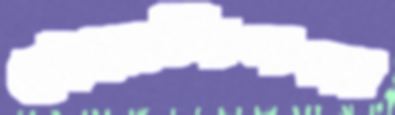
হেঁয়ালিপনা